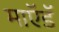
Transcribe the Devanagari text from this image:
माऍडॅ